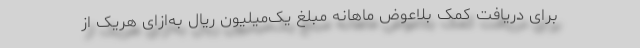
برای دریافت کمک بلاعوض ماهانه مبلغ یک‌میلیون ریال به‌ازای هریک از